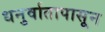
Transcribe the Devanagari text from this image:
धनुर्वातापासून